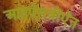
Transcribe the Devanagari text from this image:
आइऍसबीऍन